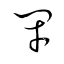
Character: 閉